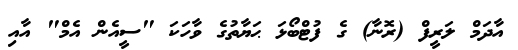
އާދަމް ލަރީފް (ރޮނާ) ގެ ފުޓްބޯޅަ ޙަޔާތުގެ ވާހަކަ "ސީއެން އެމް" އާއި